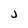
Character: j